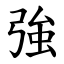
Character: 強